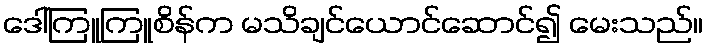
ဒေါ်ကြူကြူစိန်က မသိချင်ယောင်ဆောင်၍ မေးသည်။